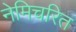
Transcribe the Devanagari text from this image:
नेमिचरित